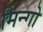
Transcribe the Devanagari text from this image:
मिन्गो